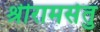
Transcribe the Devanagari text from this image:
श्रीरामसेतु